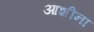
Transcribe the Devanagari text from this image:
आशीना